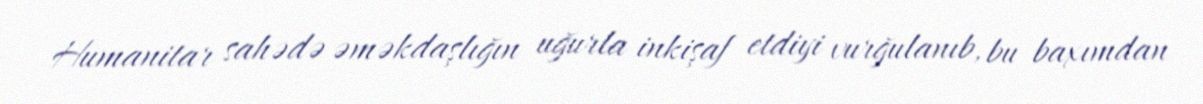
Humanitar sahədə əməkdaşlığın uğurla inkişaf etdiyi vurğulanıb, bu baxımdan